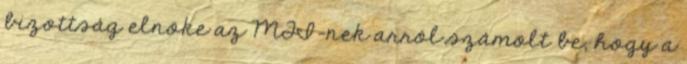
bizottság elnöke az MTI-nek arról számolt be, hogy a